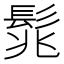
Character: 𩬱